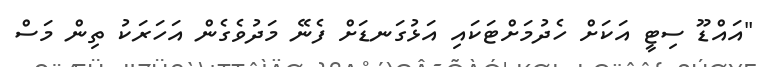
"އައްޑޫ ސިޓީ އަކަށް ހެދުމަށްޓަކައި އަޅުގަނޑަށް ފެނޭ މަދުވެގެން އަހަރަކު ތިން މަސް